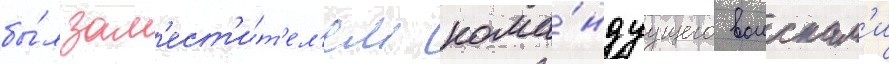
бы́л зам'ест'и́т'ел'ем кома́ндуущего воискам'и